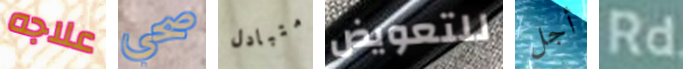
علاجه صحي متبادل للتعويض أجل Rd